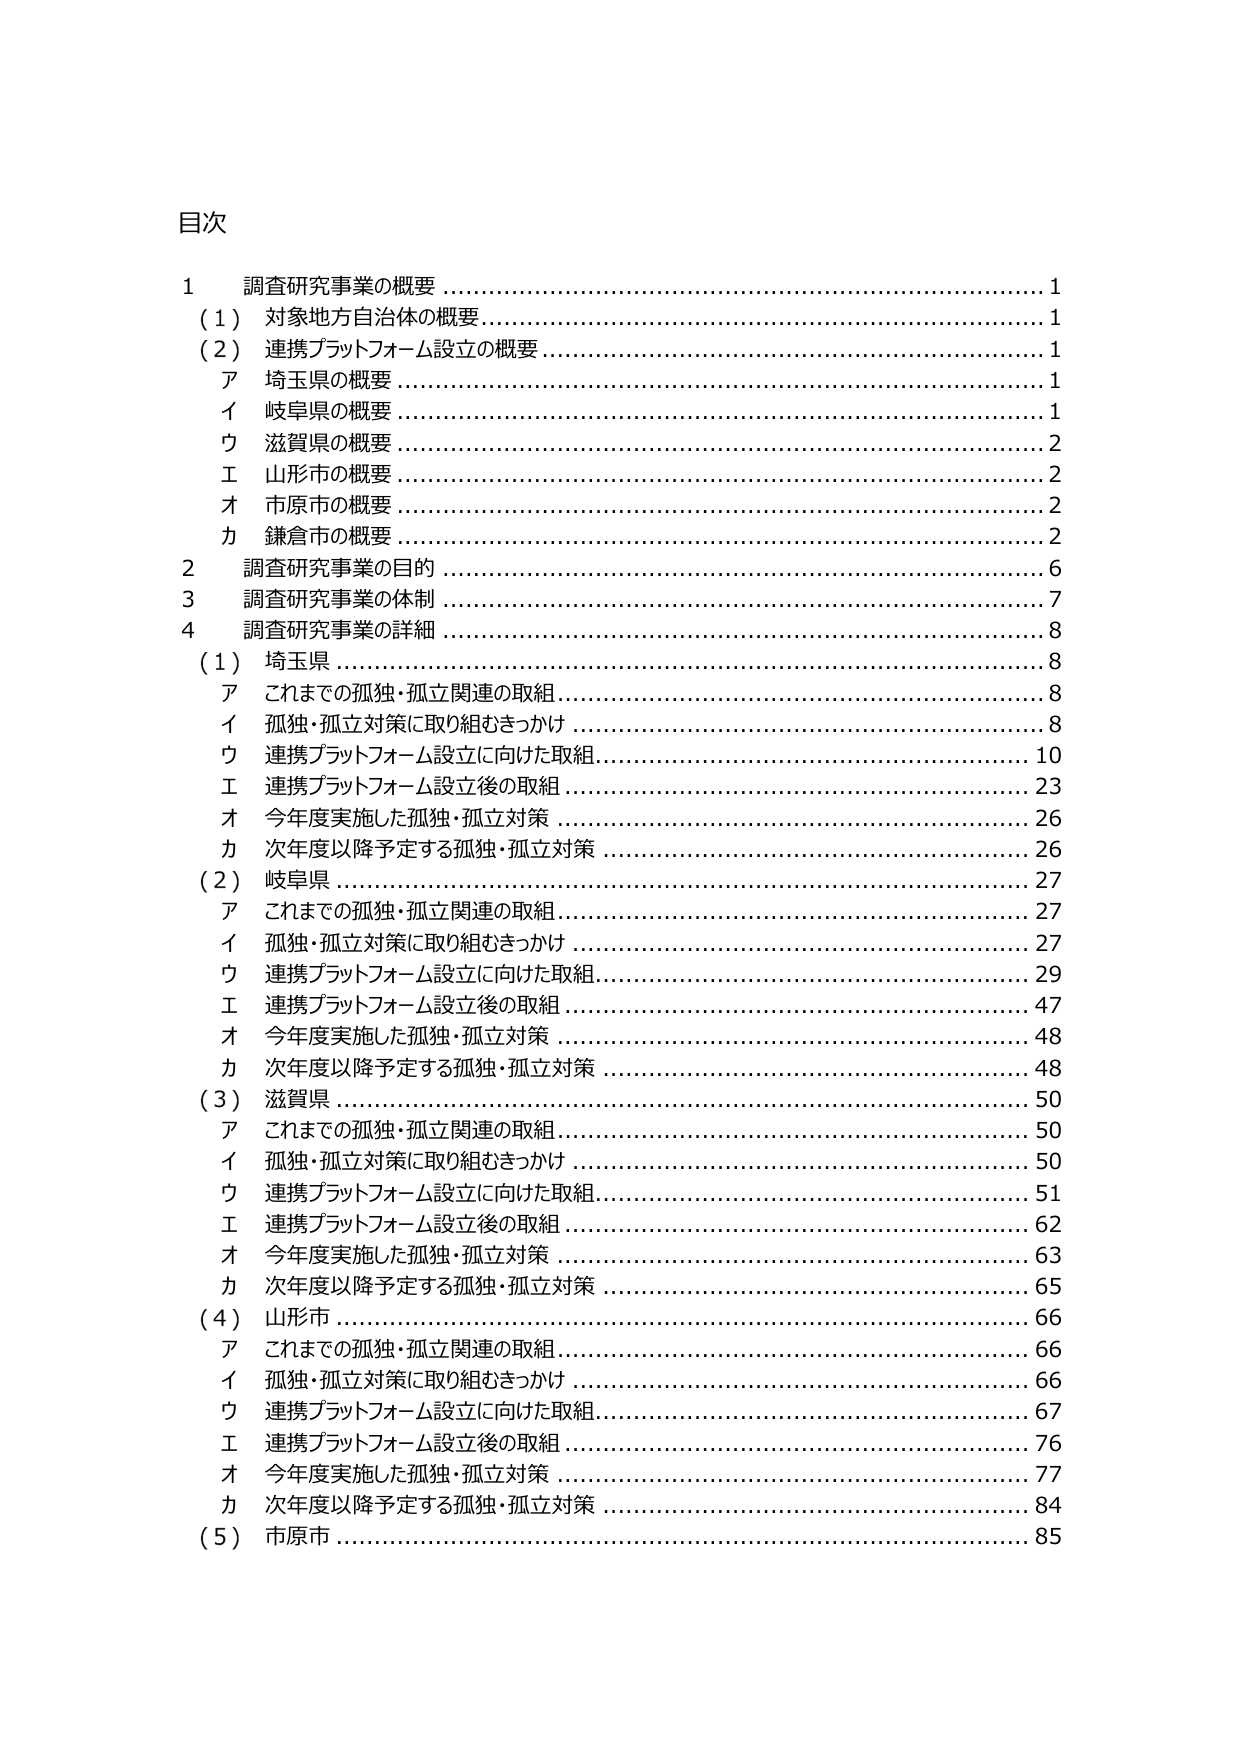
目次

1 調査研究事業の概要 ……………………………………………………………… 1
（1） 対象地方自治体の概要 ………………………………………………………… 1
（2） 連携プラットフォーム設立の概要 …………………………………………… 1
　ア 埼玉県の概要 …………………………………………………………………… 1
　イ 岐阜県の概要 …………………………………………………………………… 1
　ウ 滋賀県の概要 …………………………………………………………………… 2
　エ 山形市の概要 …………………………………………………………………… 2
　オ 市原市の概要 …………………………………………………………………… 2
　カ 鎌倉市の概要 …………………………………………………………………… 2

2 調査研究事業の目的 ……………………………………………………………… 6
3 調査研究事業の体制 ……………………………………………………………… 7
4 調査研究事業の詳細 ……………………………………………………………… 8
　（1） 埼玉県 ………………………………………………………………………… 8
　　ア これまでの孤独・孤立関連の取組 ………………………………………… 8
　　イ 孤独・孤立対策に取り組むきっかけ ……………………………………… 8
　　ウ 連携プラットフォーム設立に向けた取組 ………………………………… 10
　　エ 連携プラットフォーム設立後の取組 ……………………………………… 23
　　オ 今年度実施した孤独・孤立対策 …………………………………………… 26
　　カ 次年度以降予定する孤独・孤立対策 ……………………………………… 26
　（2） 岐阜県 ………………………………………………………………………… 27
　　ア これまでの孤独・孤立関連の取組 ………………………………………… 27
　　イ 孤独・孤立対策に取り組むきっかけ ……………………………………… 27
　　ウ 連携プラットフォーム設立に向けた取組 ………………………………… 29
　　エ 連携プラットフォーム設立後の取組 ……………………………………… 47
　　オ 今年度実施した孤独・孤立対策 …………………………………………… 48
　　カ 次年度以降予定する孤独・孤立対策 ……………………………………… 48
　（3） 滋賀県 ………………………………………………………………………… 50
　　ア これまでの孤独・孤立関連の取組 ………………………………………… 50
　　イ 孤独・孤立対策に取り組むきっかけ ……………………………………… 50
　　ウ 連携プラットフォーム設立に向けた取組 ………………………………… 51
　　エ 連携プラットフォーム設立後の取組 ……………………………………… 62
　　オ 今年度実施した孤独・孤立対策 …………………………………………… 63
　　カ 次年度以降予定する孤独・孤立対策 ……………………………………… 65
　（4） 山形市 ………………………………………………………………………… 66
　　ア これまでの孤独・孤立関連の取組 ………………………………………… 66
　　イ 孤独・孤立対策に取り組むきっかけ ……………………………………… 66
　　ウ 連携プラットフォーム設立に向けた取組 ………………………………… 67
　　エ 連携プラットフォーム設立後の取組 ……………………………………… 76
　　オ 今年度実施した孤独・孤立対策 …………………………………………… 77
　　カ 次年度以降予定する孤独・孤立対策 ……………………………………… 84
　（5） 市原市 ………………………………………………………………………… 85